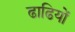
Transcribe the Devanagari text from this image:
ढाढियों